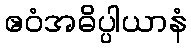
ဧဝံအဓိပ္ပါယာနံ